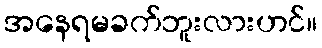
အနေရမခက်ဘူးလားဟင်။